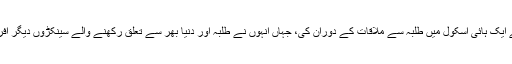
گیٹس نے اپنے خط کی رونمائی جنوبی لندن کے ایک ہائی اسکول میں طلبہ سے ملاقات کے دوران کی، جہاں انہوں نے طلبہ اور دنیا بھر سے تعلق رکھنے والے سینکڑوں دیگر افراد کا اپنے خطوط جمع کرانے پر شکریہ ادا کیا۔